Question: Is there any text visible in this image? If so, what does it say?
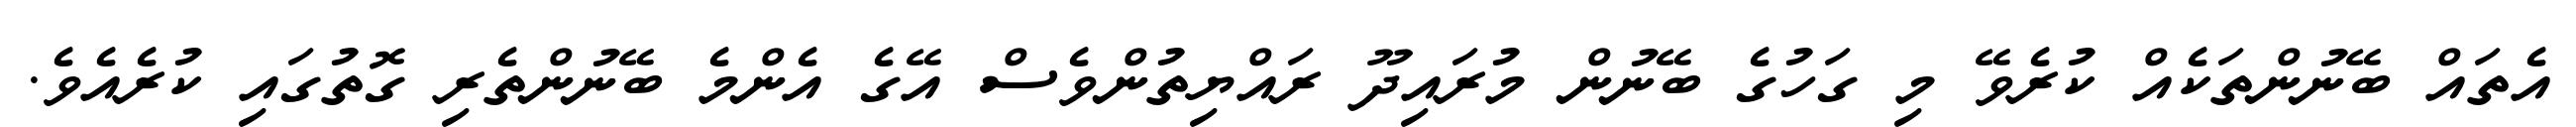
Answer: އެތައް ބޭނުންތަކެއް ކުރެވޭ މި ގަހުގެ ބޭނުން މުރައިދޫ ރައްޔިތުންވެސް އޭގެ އެންމެ ބޭނުންތެރި ގޮތުގައި ކުރެއެވެ.